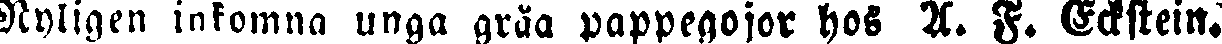
Nyligen inkomna unga gråa pappegojor hos A. F. Eckstein.